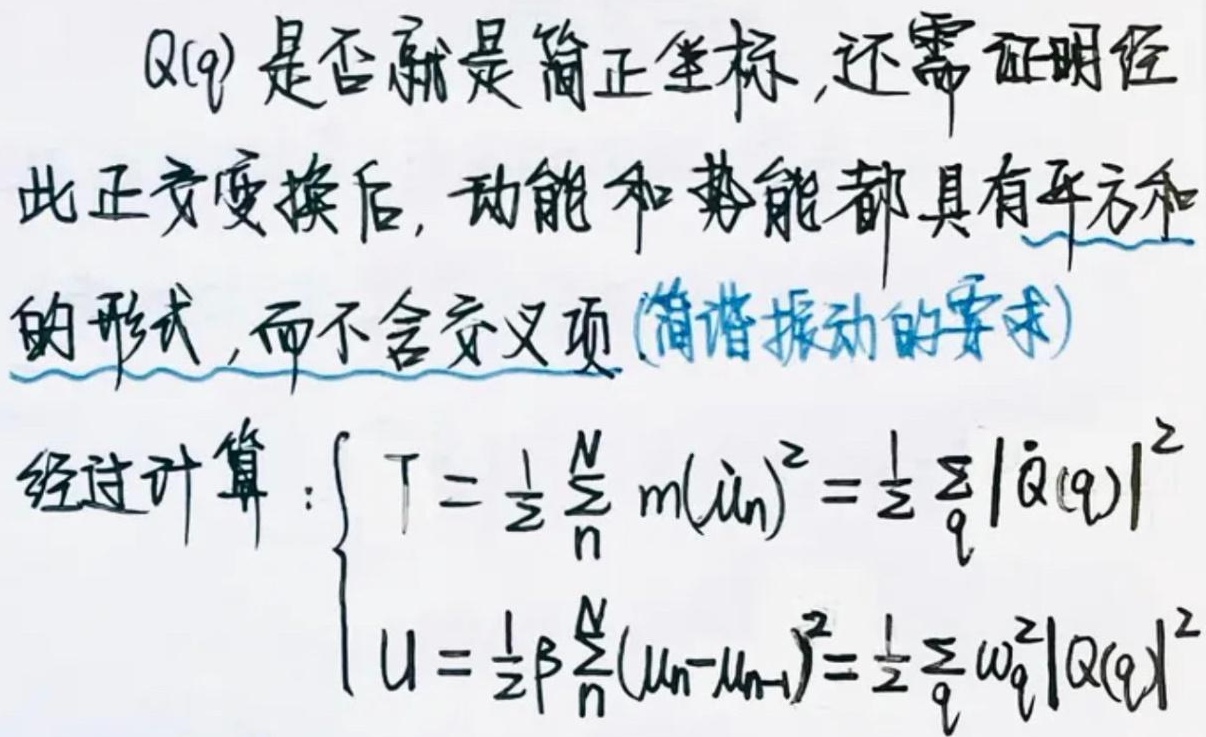
“$Q(q)$是否就是简正坐标，还需证明经此正交变换后，动能和势能都具有平方和的形式，而不含交叉项（简谐振动的要求）。经过计算：
\(\begin{cases}
T = \frac{1}{2}\sum_{n}^{N}m(\dot{u}_{n})^{2}=\frac{1}{2}\sum_{q}|\dot{Q}(q)|^{2}\\
U=\frac{1}{2}\beta\sum_{n}^{N}(u_{n}-u_{n - 1})^{2}=\frac{1}{2}\sum_{q}\omega_{q}^{2}|Q(q)|^{2}
\end{cases}\)”